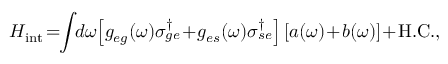
H _ { \mathrm { i n t } } \! = \! \! \int \! \! d \omega \! \left[ g _ { e g } ( \omega ) \sigma _ { g e } ^ { \dagger } \! + \! g _ { e s } ( \omega ) \sigma _ { s e } ^ { \dagger } \right] [ a ( \omega ) \! + \! b ( \omega ) ] \! + \! \mathrm { H . C . } ,